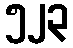
၅၂၃